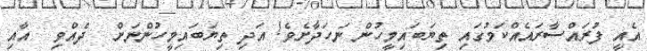
އެއީ ފުރައްސާރައެއްކަމުގައި ތިޔަބައިމީހުން ނަހަދާށެވެ! އަދި ތިޔަބައިމީހުންނަށް  ދެއްވި  އާއި